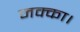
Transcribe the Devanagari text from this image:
मक्का।